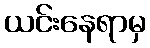
ယင်းနေရာမှ